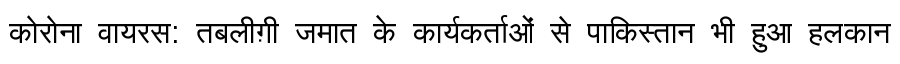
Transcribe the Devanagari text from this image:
कोरोना वायरस: तबलीग़ी जमात के कार्यकर्ताओं से पाकिस्तान भी हुआ हलकान